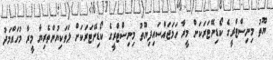
ޔޫތު މިނިސްޓްރީގެ ކޯޑިނޭޓަރަކަށް މީރާ ހަމަޖައްސައިފިޔޫތު މިނިސްޓްރީގެ ކޯޑިނޭޓަރަކަށް ލަވަކިޔުންތެރިޔާ މީރާ މުހައްމަދު